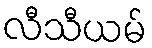
လီသီယမ်